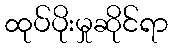
ထုပ်ပိုးမှုဆိုင်ရာ